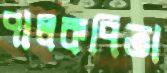
পালকপিতা